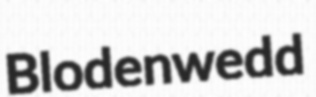
Blodenwedd